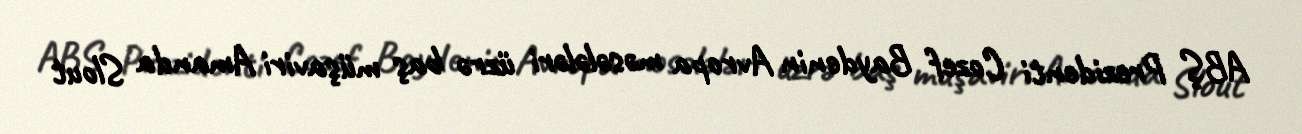
ABŞ Prezidenti Cozef Baydenin Avropa məsələləri üzrə baş müşaviri Amanda Slout